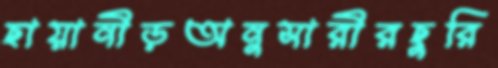
ছায়ানীড়অনুসারীরছুরি